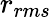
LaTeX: r_{rms}